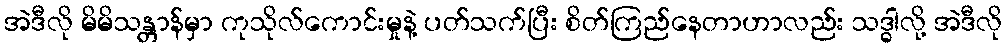
အဲဒီလို မိမိသန္တာန်မှာ ကုသိုလ်ကောင်းမှုနဲ့ ပတ်သက်ပြီး စိတ်ကြည်နေတာဟာလည်း သဒ္ဓါလို့ အဲဒီလို